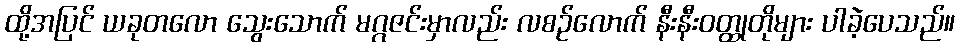
ထို့အပြင် ယခုတလော သွေးသောက် မဂ္ဂဇင်းမှာလည်း လစဉ်လောက် နီးနီးဝတ္ထုတိုများ ပါခဲ့ပေသည်။